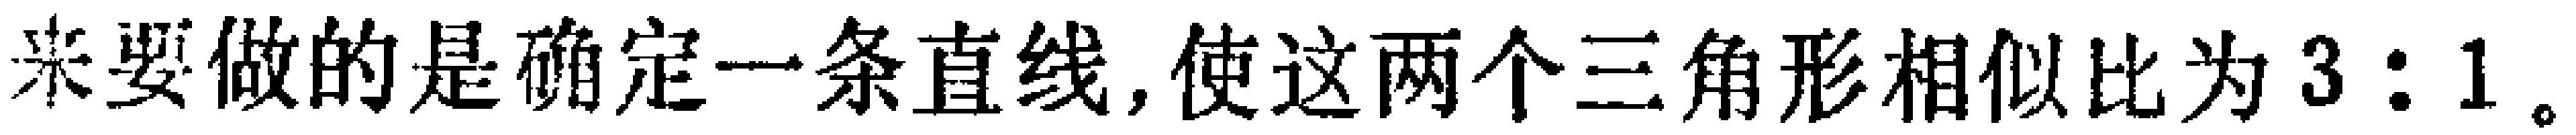
来要做的是确定一条直线, 使这两个三角形相似比为 \(3:1\)。